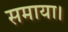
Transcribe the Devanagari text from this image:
समाया।